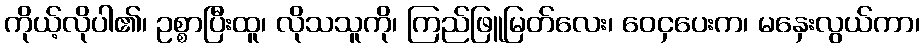
ကိုယ့်လိုပါ၏၊ ဥစ္စာပြီးထူ၊ လိုသသူကို၊ ကြည်ဖြူမြတ်လေး၊ ဝေငှပေးက၊ မနှေးလွယ်ကာ၊